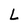
Character: L